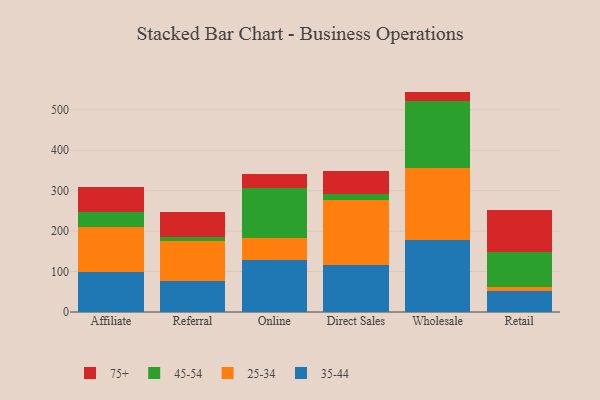
{"axis": {"x": "Channel", "y": "Shipments"}, "legend": ["25-34", "35-44", "45-54", "75+"], "data": [{"x": "Affiliate", "y": 98.0, "type": "35-44"}, {"x": "Affiliate", "y": 113.4, "type": "25-34"}, {"x": "Affiliate", "y": 35.2, "type": "45-54"}, {"x": "Affiliate", "y": 62.8, "type": "75+"}, {"x": "Referral", "y": 75.6, "type": "35-44"}, {"x": "Referral", "y": 100.2, "type": "25-34"}, {"x": "Referral", "y": 9.5, "type": "45-54"}, {"x": "Referral", "y": 61.8, "type": "75+"}, {"x": "Online", "y": 127.9, "type": "35-44"}, {"x": "Online", "y": 54.1, "type": "25-34"}, {"x": "Online", "y": 123.8, "type": "45-54"}, {"x": "Online", "y": 35.0, "type": "75+"}, {"x": "Direct Sales", "y": 116.1, "type": "35-44"}, {"x": "Direct Sales", "y": 161.8, "type": "25-34"}, {"x": "Direct Sales", "y": 14.4, "type": "45-54"}, {"x": "Direct Sales", "y": 56.2, "type": "75+"}, {"x": "Wholesale", "y": 177.7, "type": "35-44"}, {"x": "Wholesale", "y": 177.6, "type": "25-34"}, {"x": "Wholesale", "y": 166.9, "type": "45-54"}, {"x": "Wholesale", "y": 22.8, "type": "75+"}, {"x": "Retail", "y": 53.0, "type": "35-44"}, {"x": "Retail", "y": 8.2, "type": "25-34"}, {"x": "Retail", "y": 88.1, "type": "45-54"}, {"x": "Retail", "y": 102.3, "type": "75+"}]}